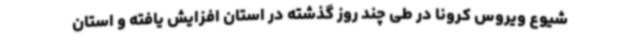
شیوع ویروس کرونا در طی چند روز گذشته در استان افزایش یافته و استان